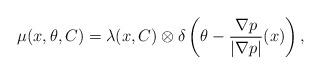
LaTeX: \begin{align*} \mu(x,\theta,C) = \lambda(x,C) \otimes \delta\left(\theta - {\frac{\nabla p}{|\nabla p|}(x)}\right),\end{align*}